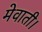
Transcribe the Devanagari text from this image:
मेवाती।